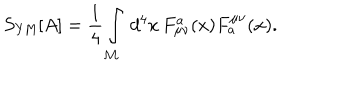
S _ { \mathrm { Y M } } [ A ] = \frac { 1 } { 4 } \int _ { \cal M } \, d ^ { 4 } x \, F _ { \mu \nu } ^ { a } ( x ) F _ { a } ^ { \mu \nu } ( x ) .